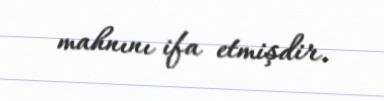
mahnını ifa etmişdir.